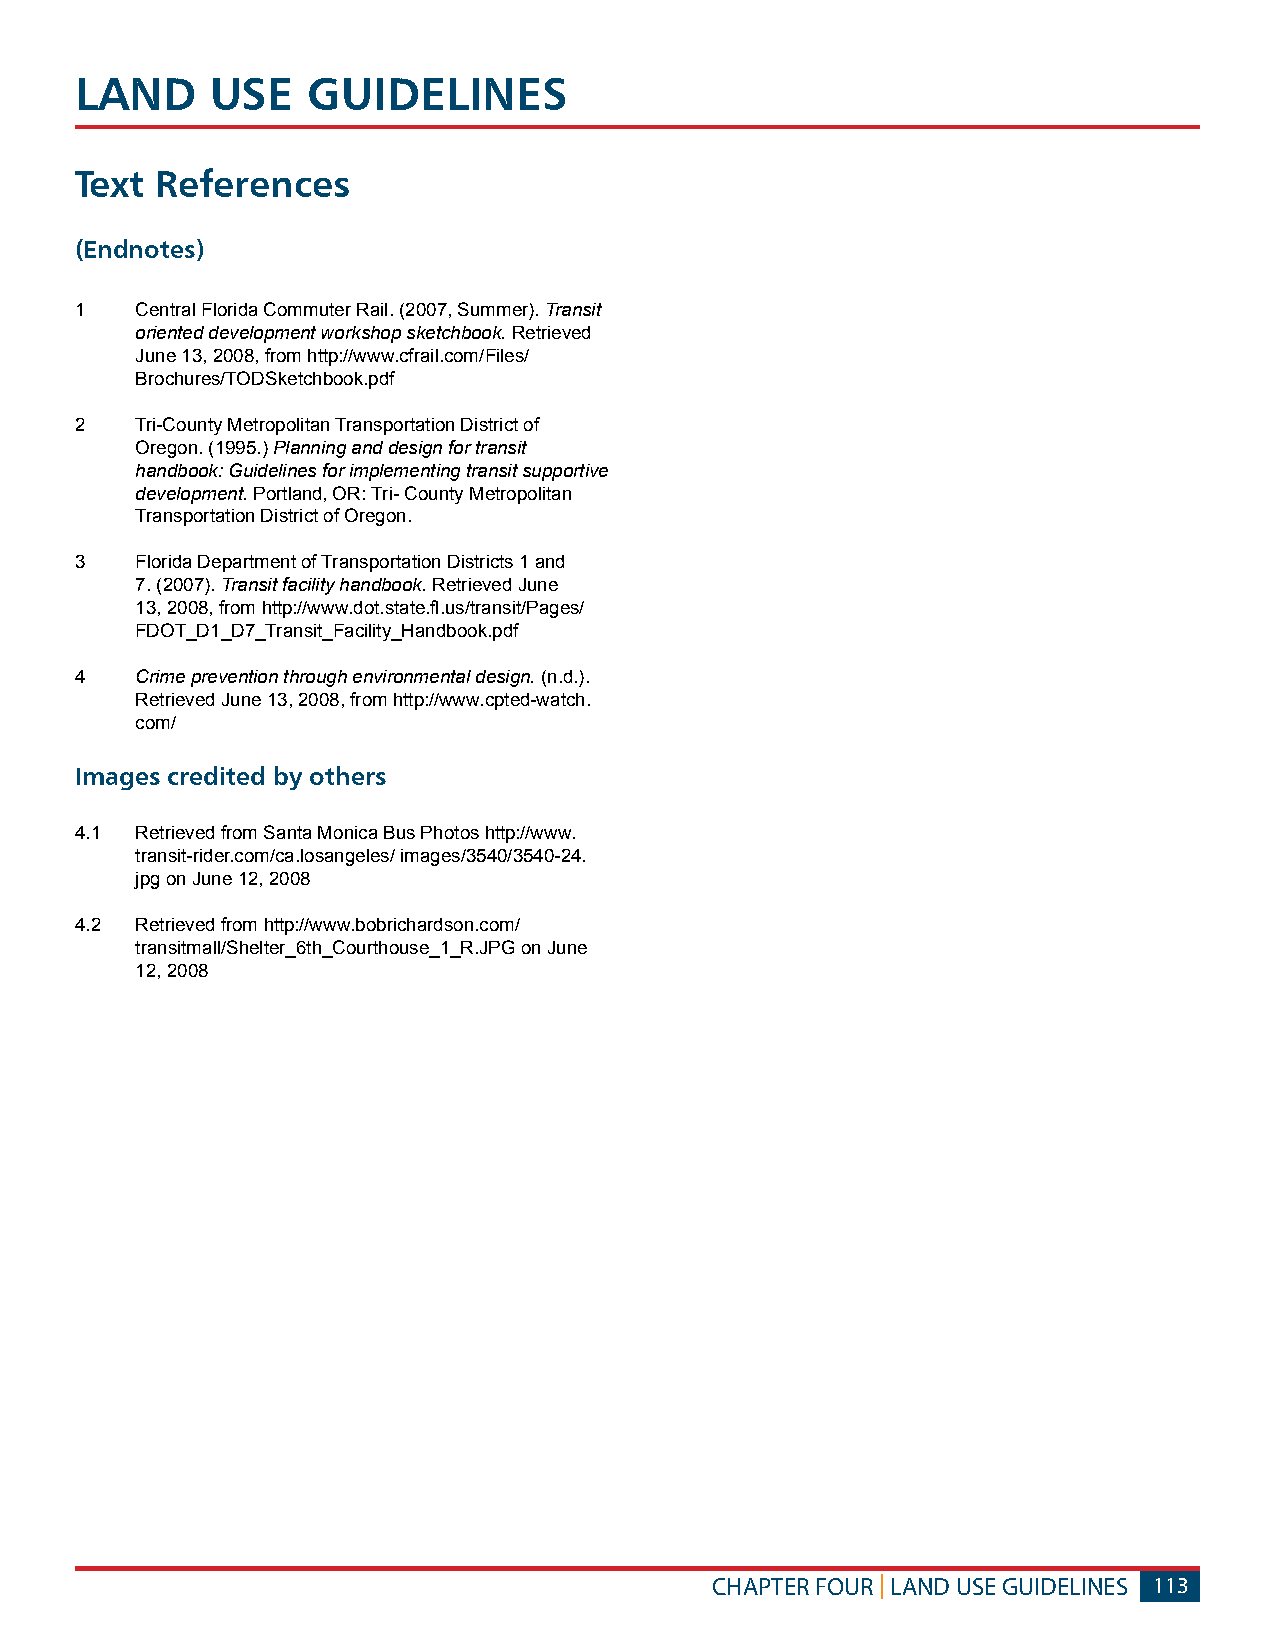
LAND     USE   GUIDELINES
 Text References
 (Endnotes)
 1   Central Florida Commuter Rail. (2007, Summer). Transit
 oriented development workshop sketchbook. Retrieved
 June 13, 2008, from http://www.cfrail.com/Files/
 Brochures/TODSketchbook.pdf
 2   Tri-County Metropolitan Transportation District of
 Oregon. (1995.) Planning and design for transit
 handbook: Guidelines for implementing transit supportive
 development. Portland, OR: Tri- County Metropolitan
 Transportation District of Oregon.
 3   Florida Department of Transportation Districts 1 and
 7. (2007). Transit facility handbook. Retrieved June
 13, 2008, from http://www.dot.state.fl.us/transit/Pages/
 FDOT_D1_D7_Transit_Facility_Handbook.pdf
 4   Crime prevention through environmental design. (n.d.).
 Retrieved June 13, 2008, from http://www.cpted-watch.
 com/
 Images credited by others
 4.1 Retrieved from Santa Monica Bus Photos http://www.
 transit-rider.com/ca.losangeles/ images/3540/3540-24.
 jpg on June 12, 2008
 4.2 Retrieved from http://www.bobrichardson.com/
 transitmall/Shelter_6th_Courthouse_1_R.JPG on June
 12, 2008
 CHAPTER FOUR | LAND USE GUIDELINES 113